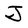
Character: J